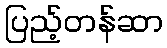
ပြည့်တန်ဆာ